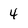
Character: 4